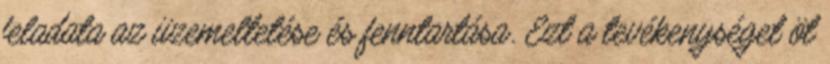
feladata az üzemeltetése és fenntartása. Ezt a tevékenységet öt